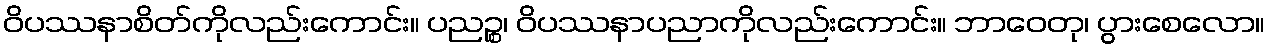
ဝိပဿနာစိတ်ကိုလည်းကောင်း။ ပညဉ္စ၊ ဝိပဿနာပညာကိုလည်းကောင်း။ ဘာဝေတု၊ ပွားစေလော။